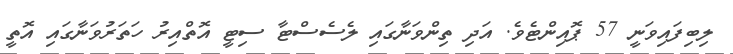
ލިބިފައިވަނީ 57 ޕޮއިންޓެވެ. އަދި ތިންވަނާގައި ލެސެސްޓާ ސިޓީ އޮތްއިރު ހަތަރުވަނާގައި އޮތީ